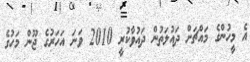
އެ މީހުންގެ މައްޗަށް ދައުލަތުން ދައުވާކުރީ 2010 ވަނަ އަހަރުގެ ޖޫން މަހުގެ